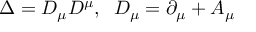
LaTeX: \Delta = D _ { \mu } D ^ { \mu } , \; \; D _ { \mu } = \partial _ { \mu } + A _ { \mu }